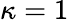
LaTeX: \kappa=1